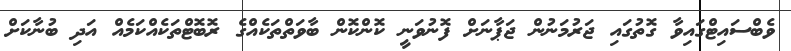
ވެބްސައިޓްގައިވާ ގޮތުގައި ޖަރުމަނުން ޖަޕާނަށް ފޮނުވަނީ ކޮންކޮން ބާވަތްތަކެއްގެ ރޮބޮޓްތަކެއްކަމެއް އަދި ބުނާކަށް